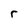
Character: r